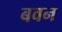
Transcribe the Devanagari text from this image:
बवन